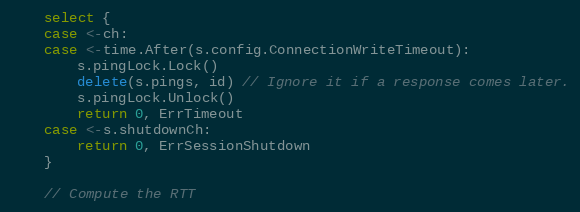
Language: Go
	select {
	case <-ch:
	case <-time.After(s.config.ConnectionWriteTimeout):
		s.pingLock.Lock()
		delete(s.pings, id) // Ignore it if a response comes later.
		s.pingLock.Unlock()
		return 0, ErrTimeout
	case <-s.shutdownCh:
		return 0, ErrSessionShutdown
	}

	// Compute the RTT